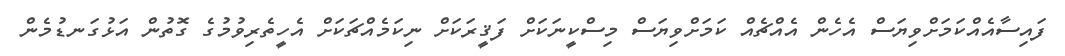
ފައިސާއެއްކަމަށްވިޔަސް އެހެން އެއްޗެއް ކަމަށްވިޔަސް މިސްކީނަކަށް ފަޤީރަކަށް ނިކަމެއްޗަކަށް އެހީތެރިވުމުގެ ގޮތުން އަޅުގަނޑުމެން